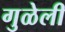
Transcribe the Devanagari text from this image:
गुळेली